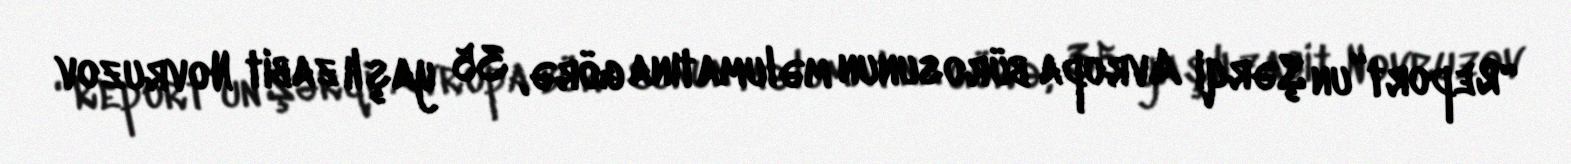
“Report”un Şərqi Avropa bürosunun məlumatına görə, 35 yaşlı zabit Novruzov